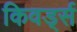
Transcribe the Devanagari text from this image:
किवर्ड्स